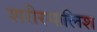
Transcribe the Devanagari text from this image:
शरीरमालिश